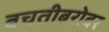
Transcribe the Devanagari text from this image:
बचतीबरोबर